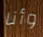
وأنا